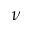
\nu